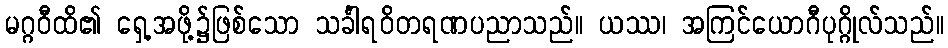
မဂ္ဂဝီထိ၏ ရှေ့အဖို့၌ဖြစ်သော သင်္ခါရဝိတရဏပညာသည်။ ယဿ၊ အကြင်ယောဂီပုဂ္ဂိုလ်သည်။